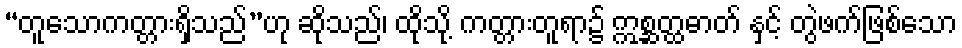
“တူသောကတ္တားရှိသည်”ဟု ဆိုသည်၊ ထိုသို့ ကတ္တားတူရာ၌ ဣစ္ဆတ္ထဓာတ် နှင့် တွဲဖက်ဖြစ်သော